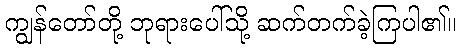
ကျွန်တော်တို့ ဘုရားပေါ်သို့ ဆက်တက်ခဲ့ကြပါ၏။